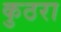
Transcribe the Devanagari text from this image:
कुठरा